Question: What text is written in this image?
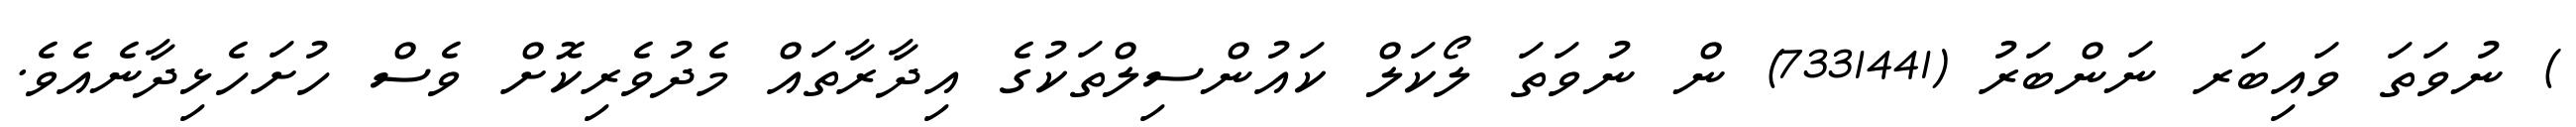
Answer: ) ނުވަތަ ވައިބަރ ނަންބަރު (7331441) ން ނުވަތަ ލޯކަލް ކައުންސިލްތަކުގެ އިދާރާތައް މެދުވެރިކޮށް ވެސް ހުށަހެޅިދާނެއެވެ.